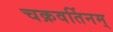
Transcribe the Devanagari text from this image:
चक्रवर्तिनम्